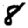
Digit: 8